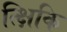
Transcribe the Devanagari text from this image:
त्क्षिकि